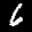
Label: 6